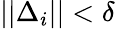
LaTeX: ||\Delta_{i}||<\delta